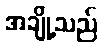
အချို့သည်